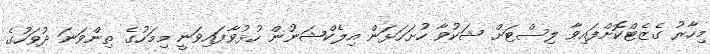
މިހާރު ގެޒެޓްކޮށްފައިވާ ލިސްޓަށް ޝަކުވާ ހުށަހަޅަން އިލެކްޝަނުން ހުޅުވާފައިވަނީ މިމަހުގެ ތިންވަނަ ދުވަހުގެ